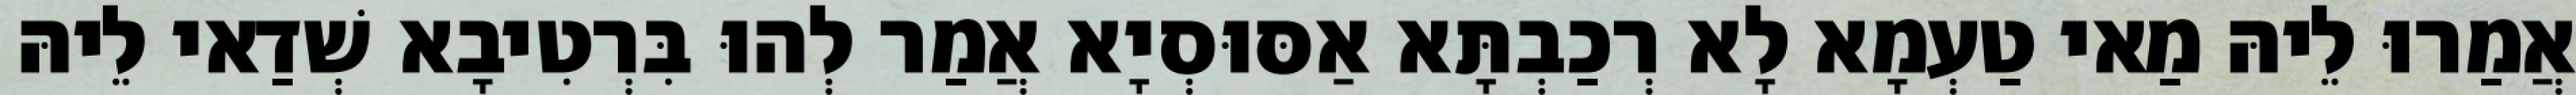
אֲמַרוּ לֵיהּ מַאי טַעְמָא לָא רְכַבְתָּא אַסּוּסְיָא אֲמַר לְהוּ בִּרְטִיבָא שְׁדַאי לֵיהּ